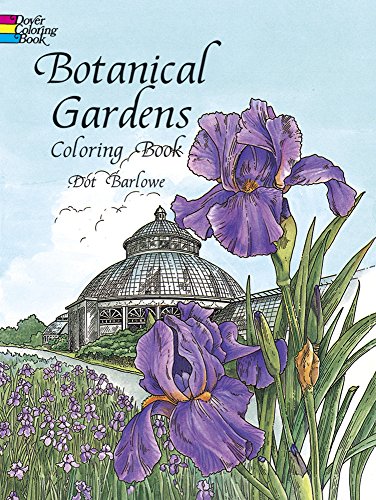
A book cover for Botanical Gardens Coloring Book (Dover Nature Coloring Book); Children's Books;